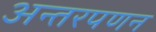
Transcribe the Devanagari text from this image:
अन्तरपणन